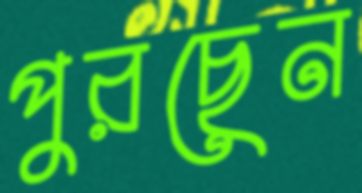
পুরছেন